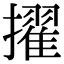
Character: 擢